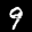
Label: 9